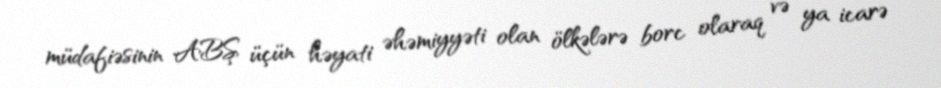
müdafiəsinin ABŞ üçün həyati əhəmiyyəti olan ölkələrə borc olaraq və ya icarə